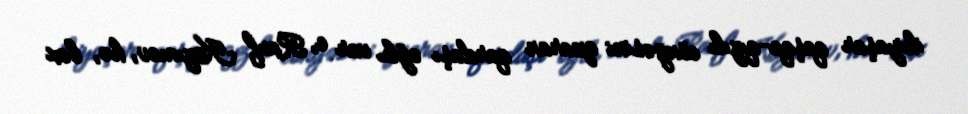
ikiyaşar qaşqa-qızılı cöngəsini aparan qardaşı oğlu var e, Rauf Kazımov, hə, bax